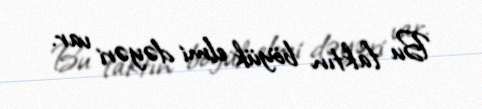
Bu faktın böyük elmi dəyəri var.